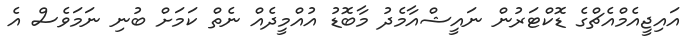
އައިޖީއެމްއެޗްގެ ޑޮކްޓަރުން ނައީޝްއާމެދު މާބޮޑު އުއްމީދެއް ނެތް ކަމަށް ބުނި ނަމަވެސް އެ